Civil Veterinary Department Bihar & Orissa reports 1929-36 - 1929-1936
Year: 1929
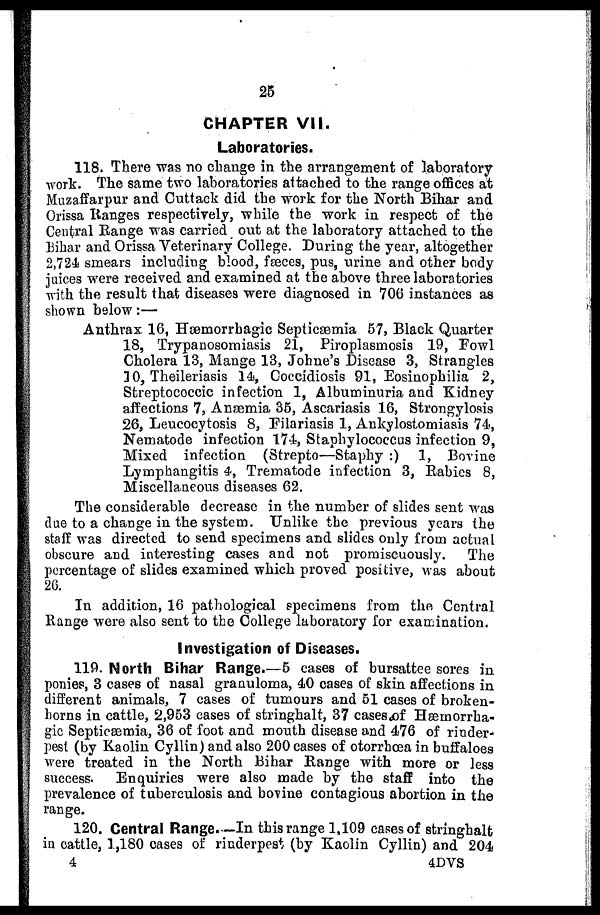
25
CHAPTER VII.
Laboratories.
118. There was no change in the arrangement of laboratory
work. The same two laboratories attached to the range offices at
Muzaffarpur and Cuttack did the work for the North Bihar and
Orissa Ranges respectively, while the work in respect of the
Central Range was carried out at the laboratory attached to the
Bihar and Orissa Veterinary College. During the year, altogether
2,724 smears including blood, fæces, pus, urine and other body
juices were received and examined at the above three laboratories
with the result that diseases were diagnosed in 706 instances as
shown below :—
Anthrax 16, Hæmorrhagic Septicæmia 57, Black Quarter
18, Trypanosomiasis 21, Piroplasmosis 19, Fowl
Cholera 13, Mange 13, Johne's Disease 3, Strangles
10, Theileriasis 14, Coccidiosis 91, Eosinophilia 2,
Streptococcic infection 1, Albuminuria and Kidney
affections 7, Anæmia 35, Ascariasis 16, Strongylosis
26, Leucocytosis 8, Filariasis 1, Ankylostomiasis 74,
Nematode infection 174, Staphylococcus infection 9,
Mixed infection (Strepto—Staphy :) 1, Bovine
Lymphangitis 4, Trematode infection 3, Rabics 8,
Miscellaneous diseases 62.
The considerable decrease in the number of slides sent was
due to a change in the system. Unlike the previous years the
staff was directed to send specimens and slides only from actual
obscure and interesting cases and not promiscuously.
The
percentage of slides examined which proved positive, was about
26.
In addition, 16 pathological specimens from the Central
Range were also sent to the College laboratory for examination.
Investigation of Diseases.
119. North Bihar Range.—5 cases of bursattee sores in
ponies, 3 cases of nasal granuloma, 40 cases of skin affections in
different animals, 7 cases of tumours and 51 cases of broken-
horns in cattle, 2,953 cases of stringhalt, 37 cases of Hæmorrha-
gic Septicaemia, 36 of foot and mouth disease and 476 of rinder-
pest (by Kaolin Cyllin) and also 200 cases of otorrhœa in buffaloes
were treated in the North Bihar Range with more or less
success. Enquiries were also made by the staff into the
prevalence of tuberculosis and bovine contagious abortion in the
range.
120. Central Range.—In this range 1,109 cases of stringhalt
in cattle, 1,180 cases of rinderpest (by Kaolin Cyllin) and 204
4
4DVS